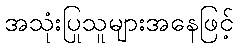
အသုံးပြုသူများအနေဖြင့်